Plague in India, 1896, 1897 - Volume 2
Year: 1896
Disease focus: Plague
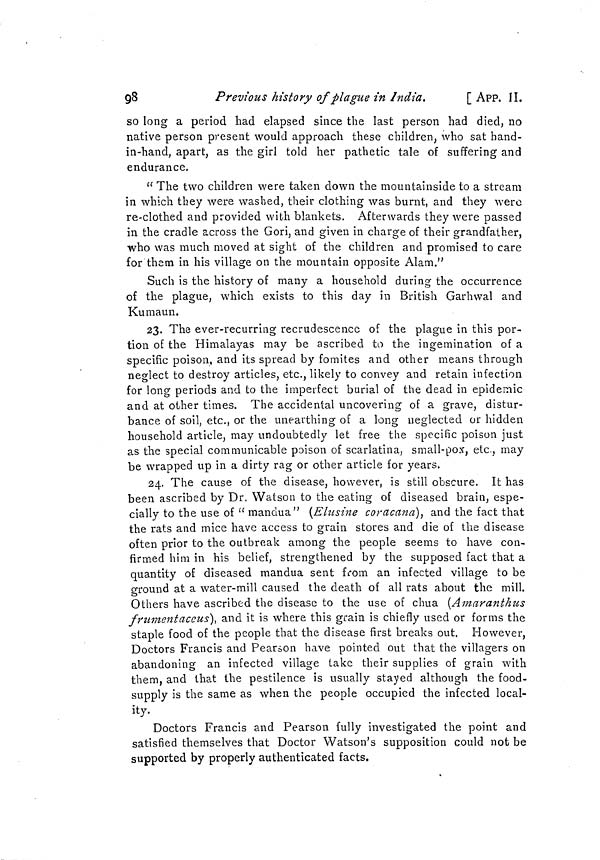
98
Previous history of plague in India.
[ APP. II.
so long a period had elapsed since the last person had died, no
native person present would approach these children, who sat hand-
in-hand, apart, as the girl told her pathetic tale of suffering and
endurance.
" The two children were taken down the mountainside to a stream
in which they were washed, their clothing was burnt, and they were
re-clothed and provided with blankets. Afterwards they were passed
in the cradle across the Gori, and given in charge of their grandfather,
who was much moved at sight of the children and promised to care
for them in his village on the mountain opposite Alam."
Such is the history of many a household during the occurrence
of the plague, which exists to this day in British Garhwal and
Kumaun.
23. The ever-recurring recrudescence of the plague in this por-
tion of the Himalayas may be ascribed to the ingemination of a
specific poison, and its spread by fomites and other means through
neglect to destroy articles, etc., likely to convey and retain infection
for long periods and to the imperfect burial of the dead in epidemic
and at other times. The accidental uncovering of a grave, distur-
bance of soil, etc., or the unearthing of a long neglected or hidden
household article, may undoubtedly let free the specific poison just
as the special communicable poison of scarlatina, small-pox, etc., may
be wrapped up in a dirty rag or other article for years.
24. The cause of the disease, however, is still obscure. It has
been ascribed by Dr. Watson to the eating of diseased brain, espe-
cially to the use of "mandua" (Elusine cor ácana), and the fact that
the rats and mice have access to grain stores and die of the disease
often prior to the outbreak among the people seems to have con-
firmed him in his belief, strengthened by the supposed fact that a
quantity of diseased mandua sent from an infected village to be
ground at a water-mill caused the death of all rats about the mill.
Others have ascribed the disease to the use of chua (Amaranthus
frumentaceus], and it is where this grain is chiefly used or forms the
staple food of the people that the disease first breaks out. However,
Doctors Francis and Pearson have pointed out that the villagers on
abandoning an infected village take their supplies of grain with
them, and that the pestilence is usually stayed although the food-
supply is the same as when the people occupied the infected local-
ity.
Doctors Francis and Pearson fully investigated the point and
satisfied themselves that Doctor Watson's supposition could not be
supported by properly authenticated facts.